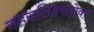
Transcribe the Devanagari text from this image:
सहस्रलिङ्गसरोवर